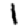
Digit: 1